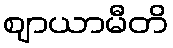
ဈာယာမီတိ